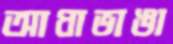
আধাভাঙা